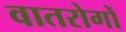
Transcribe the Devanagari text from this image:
वातरोगों